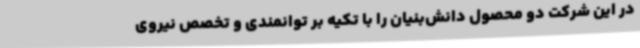
در این شرکت دو محصول دانش‌بنیان را با تکیه بر توانمندی و تخصص نیروی